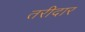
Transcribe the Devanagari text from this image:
तरीदार